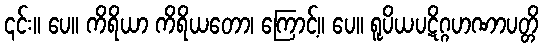
၎င်း။ ပေ။ ကိရိယာ ကိရိယတော၊ ကြောင့်။ ပေ။ ရူပိယပဋိဂ္ဂဟဏာပတ္တိ